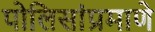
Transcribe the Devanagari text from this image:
पोलिसांप्रमाणे